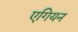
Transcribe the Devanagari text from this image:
एगियन